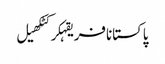
پاکستانافریقہکرکٹکھیل